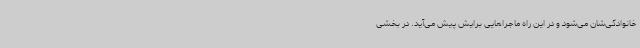
خانوادگی‌شان می‌شود و در این راه ماجراهایی برایش پیش می‌آید. در بخشی